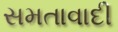
સમતાવાદી